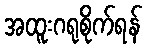
အထူးဂရုစိုက်ရန်